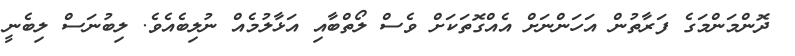
ދޮންމަންމަގެ ފަރާތުން އަހަންނަށް އެއްގޮތަކަށް ވެސް ލޯތްބާއި އަޅާލުމެއް ނުލިބެއެވެ. ލިބުނަސް ލިބެނީ